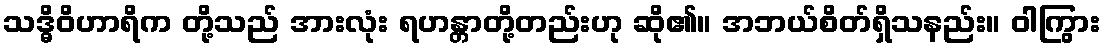
သဒ္ဓိဝိဟာရိက တို့သည် အားလုံး ရဟန္တာတို့တည်းဟု ဆို၏။ အဘယ်စိတ်ရှိသနည်း။ ဝါကြွား